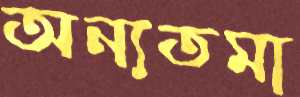
অন্যতমা